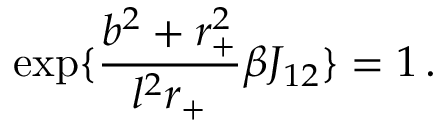
\exp \{ \frac { b ^ { 2 } + r _ { + } ^ { 2 } } { l ^ { 2 } r _ { + } } \beta J _ { 1 2 } \} = 1 \, .